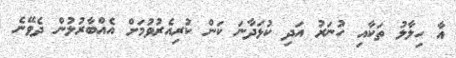
އާ ހިލާލު ތަކާއި ހުނަރު އަދި ކުޅަދާނަ ކަން ކުރިއެރުވުމަށް އެއްބާރުލުން ދެވޭނެ